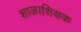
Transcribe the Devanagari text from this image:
शाळाशिक्षक